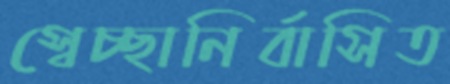
স্বেচ্ছানির্বাসিত